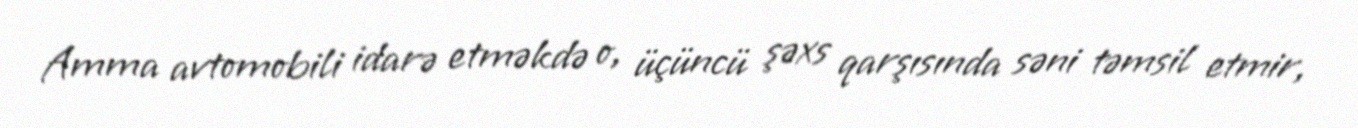
Amma avtomobili idarə etməkdə o, üçüncü şəxs qarşısında səni təmsil etmir,